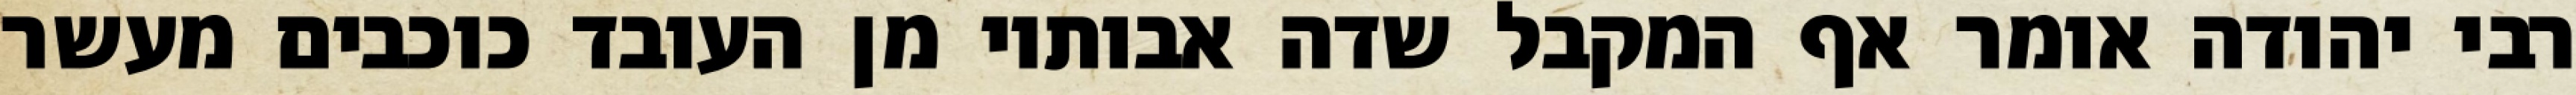
רבי יהודה אומר אף המקבל שדה אבותיו מן העובד כוכבים מעשר